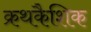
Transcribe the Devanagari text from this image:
क्रथकैशिक